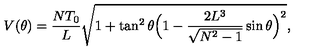
V ( \theta ) = \frac { N T _ { 0 } } { L } \sqrt { 1 + \tan ^ { 2 } { \theta } \Bigl ( 1 - \frac { 2 L ^ { 3 } } { \sqrt { N ^ { 2 } - 1 } } \sin { \theta } \Bigr ) ^ { 2 } } ,